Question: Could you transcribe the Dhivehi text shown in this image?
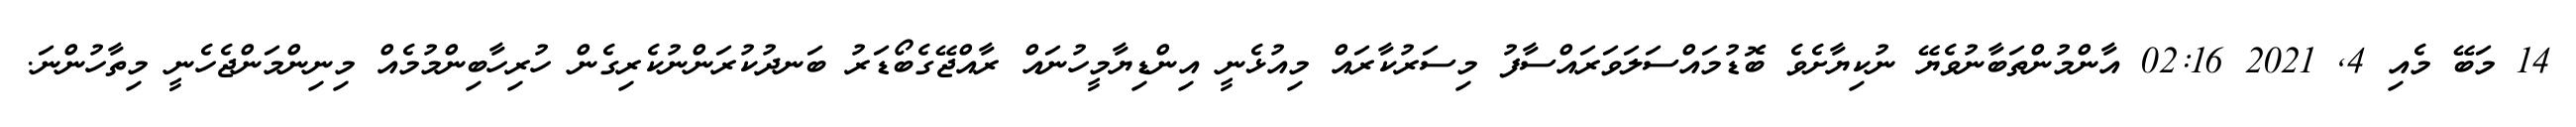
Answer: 14 މަބޭ މެއި 4, 2021 02:16 އާންމުންތަބާނުވެޔޭ ނުކިޔާށެވެ ބޮޑުމައްސަލަވަރައްސާފު މިސަރުކާރައް މިއުޅެނީ އިންޑިޔާމީހުނައް ރާއްޖޭގެބޯޑަރު ބަނދުކުރަންނުކެރިގެން ހުރިހާބިންމުމެއް މިނިންމަންޖެހެނީ މިތާހުންނަ.